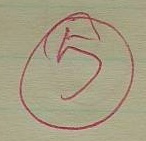
5